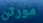
مورتن